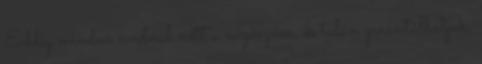
Eddig minden évadnál nőtt a nézőszám, és talán garantálhatjuk,